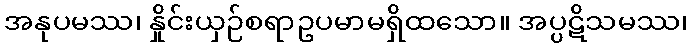
အနုပမဿ၊ နှိုင်းယှဉ်စရာဥပမာမရှိထသော။ အပ္ပဋိသမဿ၊